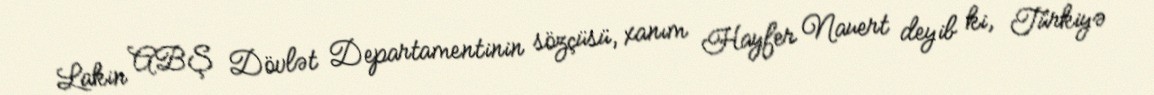
Lakin ABŞ Dövlət Departamentinin sözçüsü, xanım Hayfer Nauert deyib ki, Türkiyə